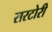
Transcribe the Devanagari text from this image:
सरटोरी